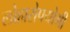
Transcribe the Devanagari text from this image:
लोहारोपयोगी